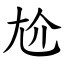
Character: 尬